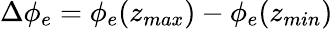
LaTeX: \Delta\phi_{e}=\phi_{e}(z_{max})-\phi_{e}(z_{min})